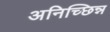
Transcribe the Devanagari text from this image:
अनिच्छिन्न